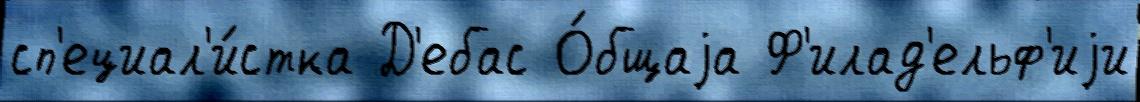
сп'ециал'и́стка Д'ебас О́бщаjа Ф'илад'ельф'иjи